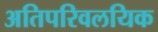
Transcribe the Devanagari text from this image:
अतिपरिवलयिक